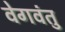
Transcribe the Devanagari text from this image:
वेगवंतु